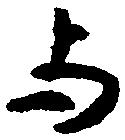
与